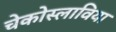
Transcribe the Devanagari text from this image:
चेकोस्लाविया